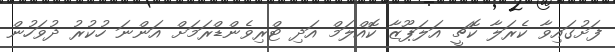
ފަށުގައިވާ ކެރަލާ ކޮޗީ އަލަޕޫޒާ ކޮއްލަމް އަދި ޓްރިވެންޑްރަމަށް އަންނަ ހުކުރު ދުވަހުން